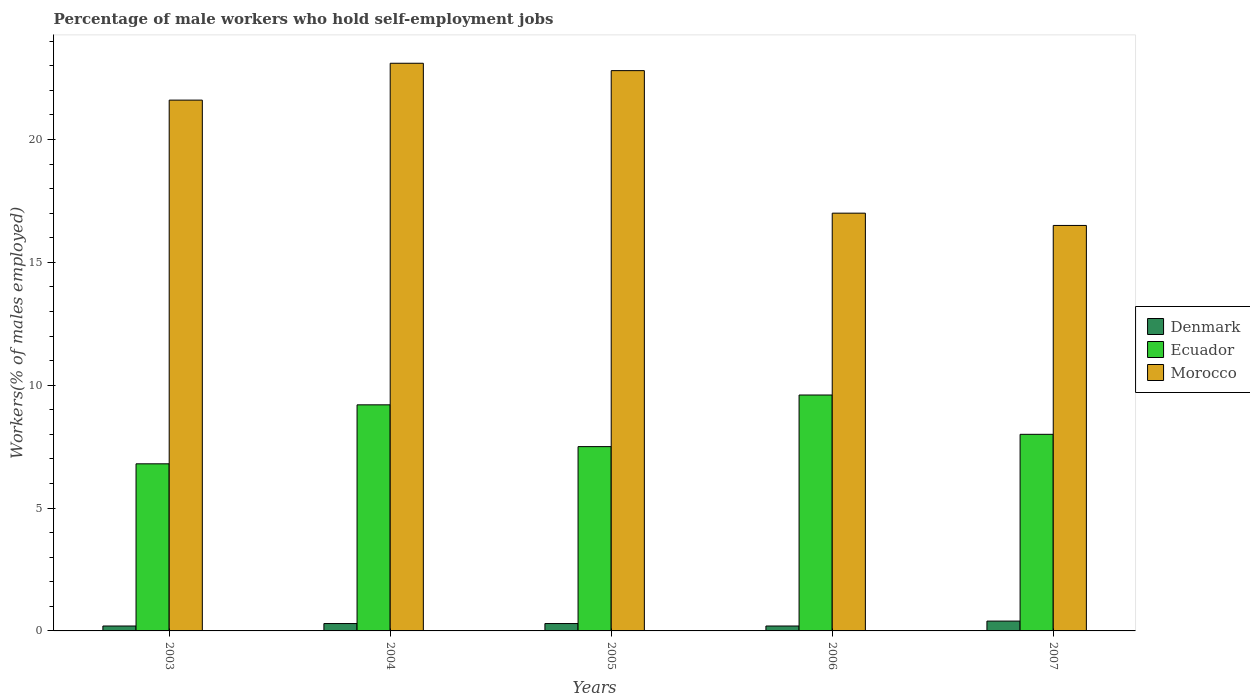
| Years | Denmark | Ecuador | Morocco |
 | --- | --- | --- | --- |
 | 2003 | 0.2 | 6.8 | 21.6 |
 | 2004 | 0.3 | 9.2 | 23.1 |
 | 2005 | 0.3 | 7.5 | 22.8 |
 | 2006 | 0.2 | 9.6 | 17 |
 | 2007 | 0.4 | 8 | 16.5 |